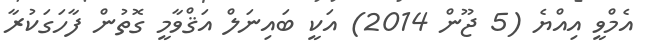
އެމްވީ އިއްޔެ (5 ޖޫން 2014) އަކީ ބައިނަލް އަޤްވާމީ ގޮތުން ފާހަގަކުރާ